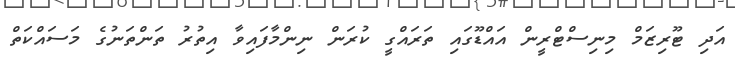
އަދި ޓޫރިޒަމް މިނިސްޓްރީން އައްޑޫގައި ތަރައްގީ ކުރަން ނިންމާފައިވާ އިތުރު ތަންތަނުގެ މަސައްކަތް